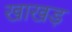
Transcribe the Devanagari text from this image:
खाखड़